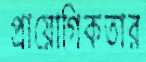
প্রায়োগিকতার